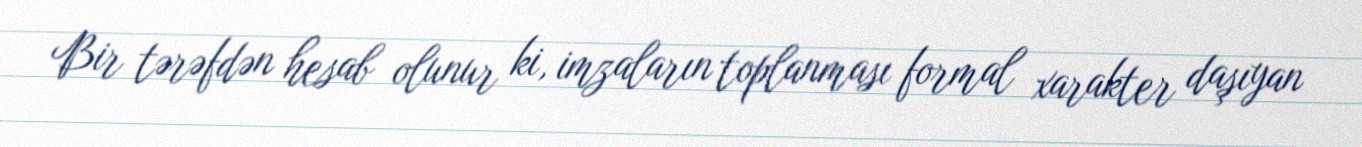
Bir tərəfdən hesab olunur ki, imzaların toplanması formal xarakter daşıyan